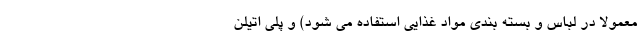
معمولاً در لباس و بسته بندی مواد غذایی استفاده می شود) و پلی اتیلن